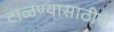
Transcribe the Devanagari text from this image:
टाळण्यासाठीचे